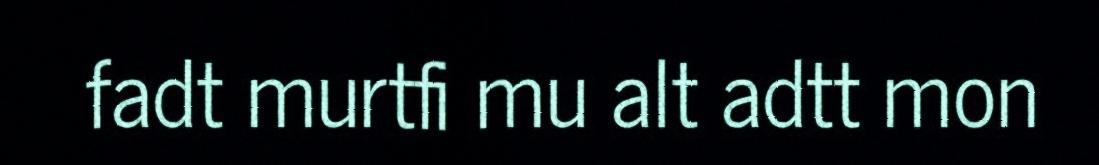
fadt murtfi mu alt adtt mon